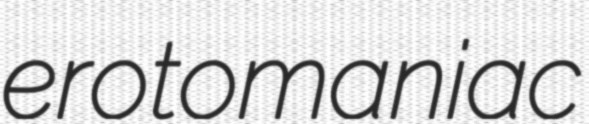
erotomaniac